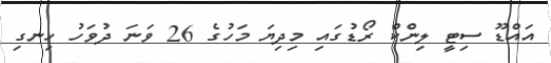
އައްޑޫ ސިޓީ ލިންކް ރޯޑުގައި މިދިޔަ މަހުގެ 26 ވަނަ ދުވަހު ހިނގި